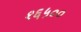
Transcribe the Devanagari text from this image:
१६५००